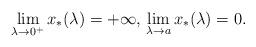
LaTeX: \begin{align*} \displaystyle\lim_{\lambda\rightarrow 0^+} x_* (\lambda)=+\infty,\,\displaystyle\lim_{\lambda\rightarrow a} x_* (\lambda)=0. \end{align*}